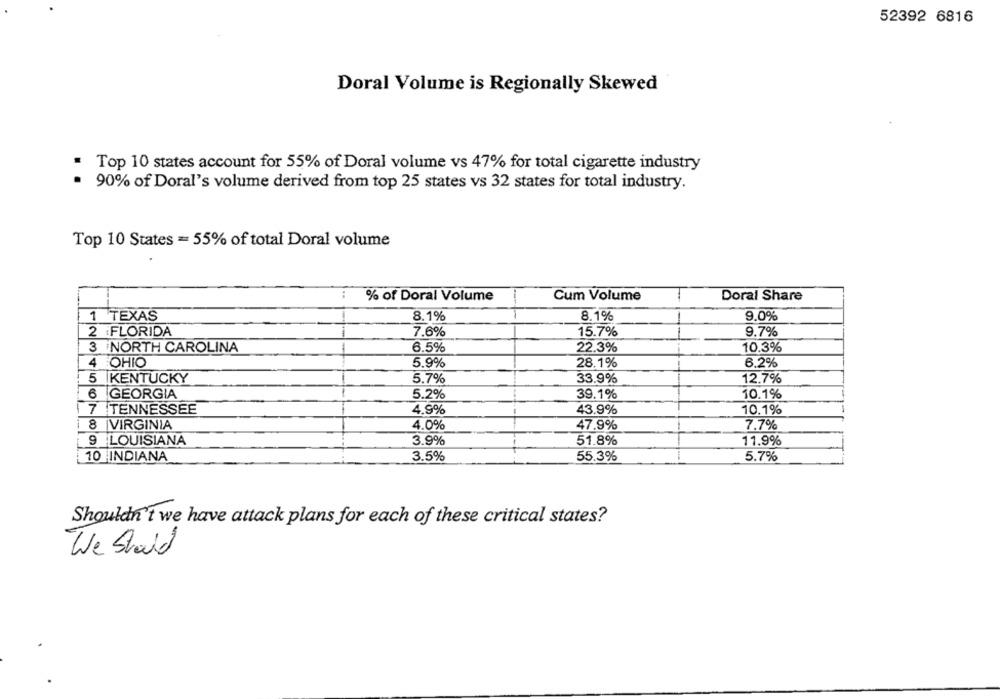
52392 6816
Doral Volume is Regionally Skewed
Top 10 states account for 55% of Doral volume vs 47% for total cigarette industry
· 90% of Doral's volume derived from top 25 states vs 32 states for total industry.
Top 10 States = 55% of total Doral volume
% of Doral Volume
Cum Volume
Doral Share
1 TEXAS
8.1%
8.1%
9.0%
2 FLORIDA
7.6%
15.7%
1
9.7%
3 NORTH CAROLINA
6.5%
22.3%
10.3%
4 OHIO
5.9%
28.1%
6.2%
5
KENTUCKY
5.7%
33.9%
12.7%
6 GEORGIA
5.2%
39.1%
10.1%
7 TENNESSEE
4.9%
43.9%
10.1%
VIRGINIA
4.0%
47.9%
7.7%
9 LOUISIANA
3.9%
51.8%
11.9%
10 INDIANA
3.5%
55.3%
5.7%
Shouldn't we have attack plans for each of these critical states?
We Should